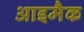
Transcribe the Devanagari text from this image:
आइमैक